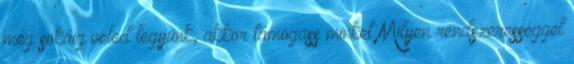
még sokáig veled legyünk, akkor támogass minket Milyen rendszerességgel